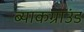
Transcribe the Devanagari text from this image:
ब्याकग्राउंड